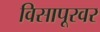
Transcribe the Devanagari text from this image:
विसापूरवर